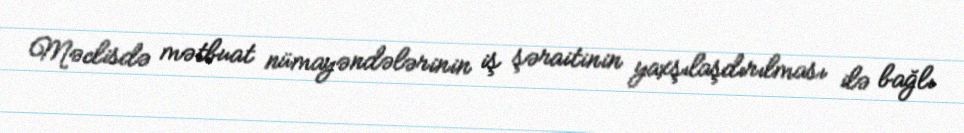
Məclisdə mətbuat nümayəndələrinin iş şəraitinin yaxşılaşdırılması ilə bağlı